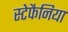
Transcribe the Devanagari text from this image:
स्टेफैनिया